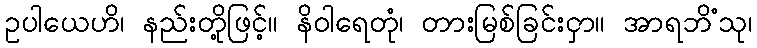
ဥပါယေဟိ၊ နည်းတို့ဖြင့်။ နိဝါရေတုံ၊ တားမြစ်ခြင်းငှာ။ အာရဘိံသု၊